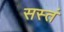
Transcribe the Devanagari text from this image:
सस्तं